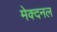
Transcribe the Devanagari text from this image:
मेक्दनल